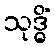
သုဒ္ဓိံ